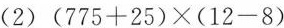
(2)$$(775+25)\times (12-8)$$